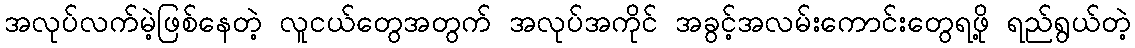
အလုပ်လက်မဲ့ဖြစ်နေတဲ့ လူငယ်တွေအတွက် အလုပ်အကိုင် အခွင့်အလမ်းကောင်းတွေရဖို့ ရည်ရွယ်တဲ့